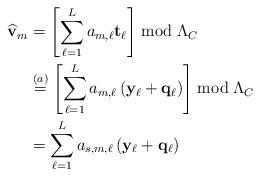
LaTeX: \begin{align*}\widehat{\mathbf{v}}_{m} &= \left[ \sum\limits_{\ell=1}^{L} {a}_{m,\ell} \mathbf{t}_\ell \right] \bmod{\Lambda_C}\\ & \stackrel{(a)}{=} \left[\sum\limits_{\ell=1}^{L} {a}_{m,\ell} \left({\mathbf{y}}_\ell+\mathbf{q}_\ell \right) \right] \bmod{\Lambda_C} \\ &\stackrel{}{=} \sum\limits_{\ell=1}^{L} {a}_{s,m,\ell} \left({\mathbf{y}}_\ell +\mathbf{q}_\ell \right)\end{align*}